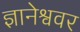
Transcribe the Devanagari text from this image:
ज्ञानेश्ववर